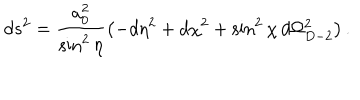
d s ^ { 2 } = \frac { a _ { 0 } ^ { 2 } } { \sin ^ { 2 } \eta } \left( - d \eta ^ { 2 } + d \chi ^ { 2 } + \sin ^ { 2 } \chi \, d \Omega _ { D - 2 } ^ { 2 } \right) .